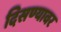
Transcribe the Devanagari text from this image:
दिसण्यावर